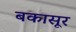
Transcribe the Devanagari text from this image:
बकासूर